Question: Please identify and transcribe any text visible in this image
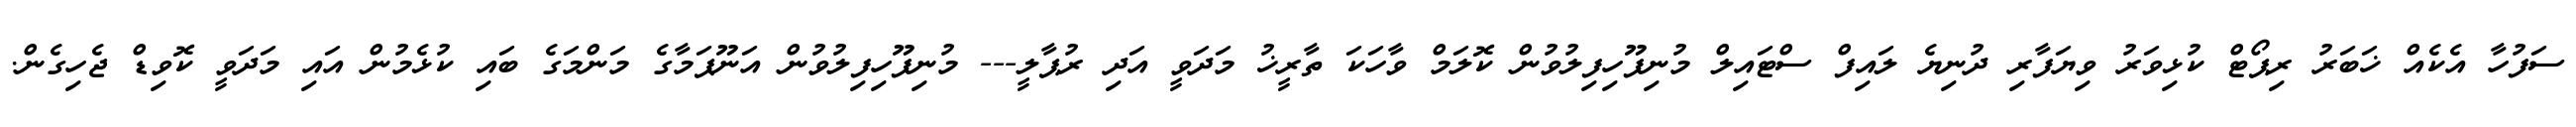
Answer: ސަފުހާ އެކެއް ޚަބަރު ރިޕޯޓް ކުޅިވަރު ވިޔަފާރި ދުނިޔެ ލައިފް ސްޓައިލް މުނިފޫހިފިލުވުން ކޮލަމް ވާހަކަ ތާރީޚު މަދަވީ އަދި ރުޕާލީ--- މުނިފޫހިފިލުވުން އަނޫޕަމާގެ މަންމަގެ ބައި ކުޅެމުން އައި މަދަވީ ކޮވިޑް ޖެހިގެން.